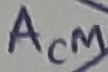
Text: ACM